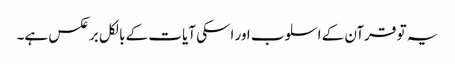
یہ تو قرآن کے اسلوب اور اسکی آیات کے بالکل برعکس ہے۔